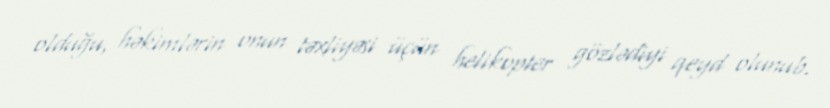
olduğu, həkimlərin onun təxliyəsi üçün helikopter gözlədiyi qeyd olunub.